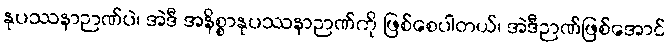
နုပဿနာဉာဏ်ပဲ၊ အဲဒီ အနိစ္စာနုပဿနာဉာဏ်ကို ဖြစ်စေပါတယ်၊ အဲဒီဉာဏ်ဖြစ်အောင်